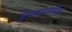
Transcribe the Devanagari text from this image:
हेक्सानॉल